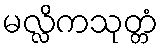
မလ္လိကသုတ္တံ